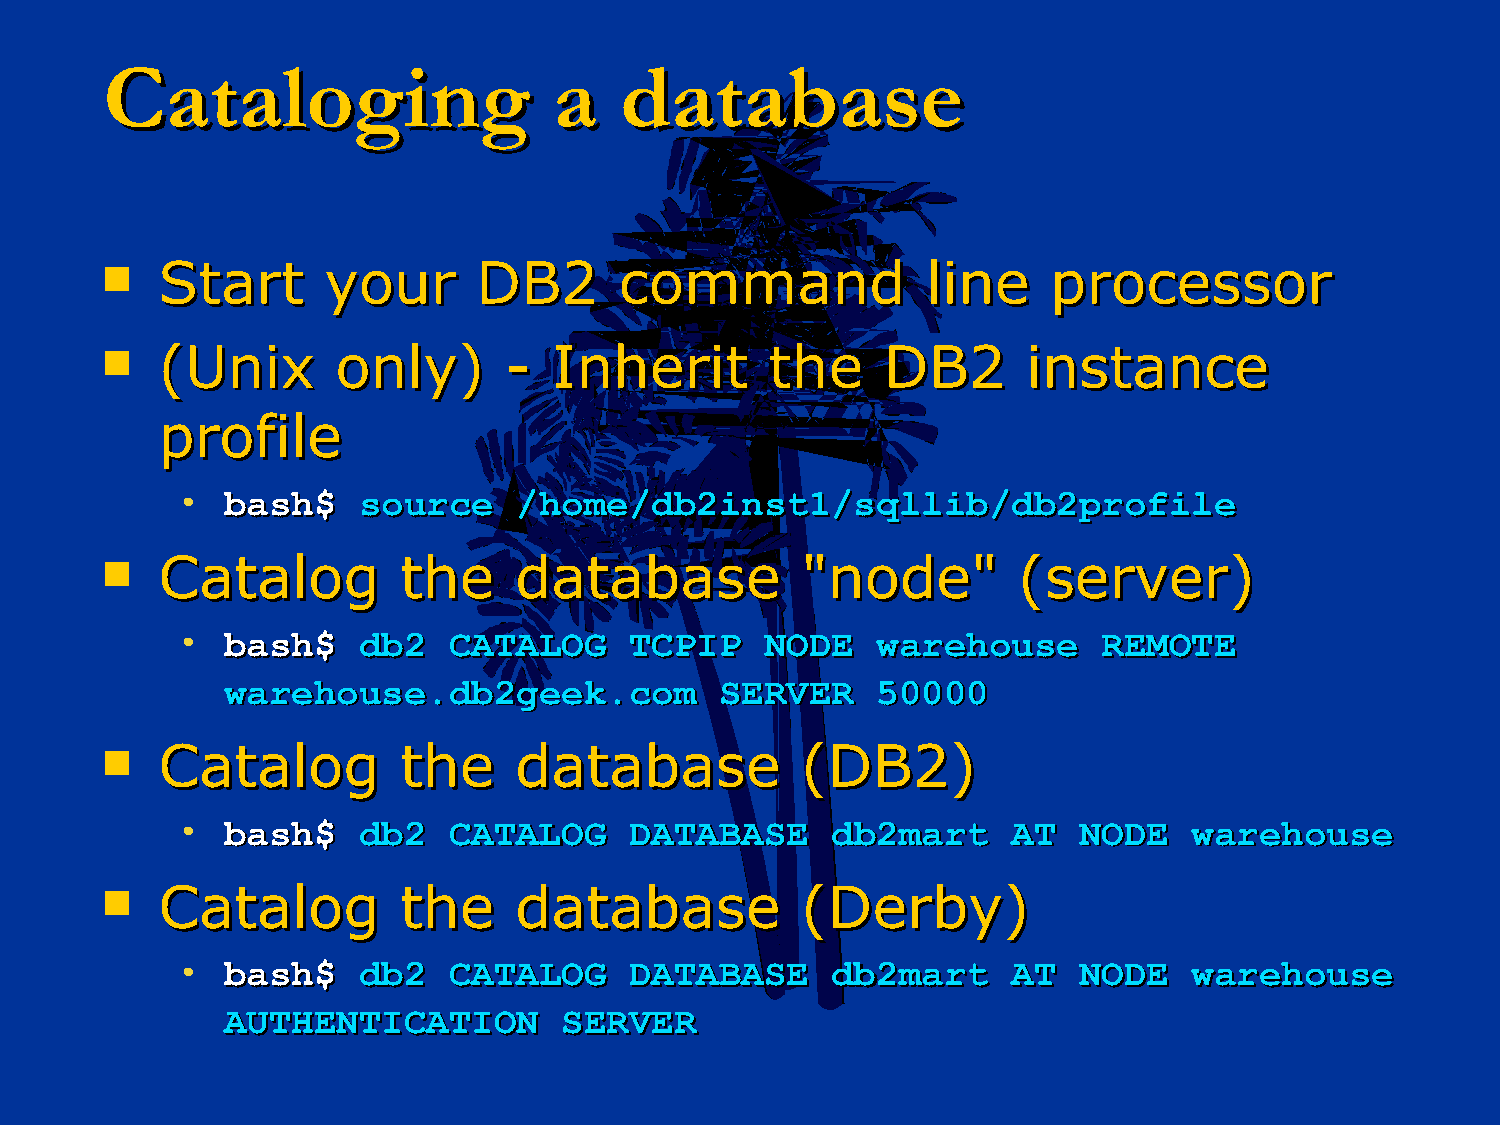
CCaattaallooggiinngg          aa  ddaattaabbaassee
   SSttaarrtt yyoouurr   DDBB22   ccoommmmaanndd      lliinnee pprroocceessssoorr
   ((UUnniixx  oonnllyy)) --  IInnhheerriitt tthhee DDBB22   iinnssttaannccee
 pprrooffiillee
 •  bbaasshh$$ ssoouurrccee //hhoommee//ddbb22iinnsstt11//ssqqlllliibb//ddbb22pprrooffiillee
   CCaattaalloogg  tthhee  ddaattaabbaassee   ""nnooddee""  ((sseerrvveerr))
 •  bbaasshh$$ ddbb22 CCAATTAALLOOGG TTCCPPIIPP NNOODDEE wwaarreehhoouussee RREEMMOOTTEE
 wwaarreehhoouussee..ddbb22ggeeeekk..ccoomm SSEERRVVEERR 5500000000
   CCaattaalloogg  tthhee  ddaattaabbaassee   ((DDBB22))
 •  bbaasshh$$ ddbb22 CCAATTAALLOOGG DDAATTAABBAASSEE ddbb22mmaarrtt AATT NNOODDEE wwaarreehhoouussee
   CCaattaalloogg  tthhee  ddaattaabbaassee   ((DDeerrbbyy))
 •  bbaasshh$$ ddbb22 CCAATTAALLOOGG DDAATTAABBAASSEE ddbb22mmaarrtt AATT NNOODDEE wwaarreehhoouussee
 AAUUTTHHEENNTTIICCAATTIIOONN SSEERRVVEERR